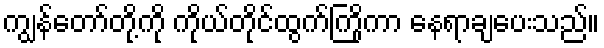
ကျွန်တော်တို့ကို ကိုယ်တိုင်ထွက်ကြိုကာ နေရာချပေးသည်။